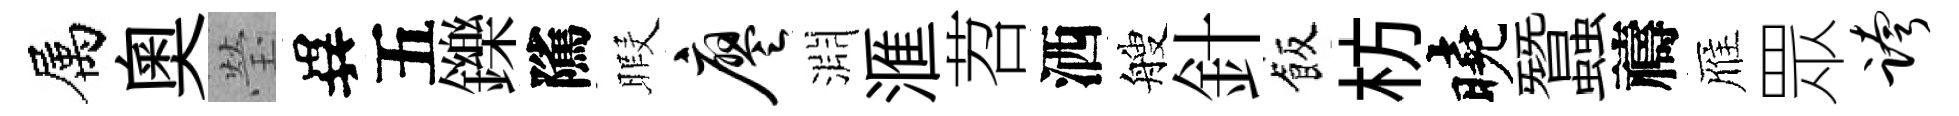
属奥瑩異五鑠隲暇廖淵滙苕洒艘針飯枋曉蠶禱雁眾跨